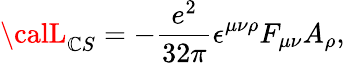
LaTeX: {\calL}_{\mathbb{C}S}=-\frac{{e^{2}}}{{32\pi}}\epsilon^{\mu\nu\rho}F_{\mu\nu}A_{\rho},